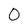
Character: 0